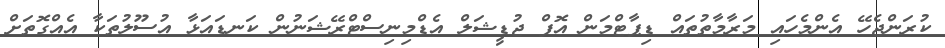
ކުރަންޖެހޭ އެންމެހައި މަރާމާތުތައް ޑިޕާޓްމަން އޮފް ޖުޑީޝަލް އެޑްމިނިސްޓްރޭޝަނުން ކަނޑައަޅާ އުސޫލުތަކާ އެއްގޮތަށް